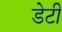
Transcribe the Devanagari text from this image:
डेटी